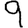
Digit: 9